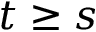
t \ge s